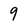
Character: 9